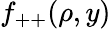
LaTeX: f_{++}(\rho,y)